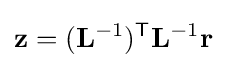
\mathbf {z} =(\mathbf {L} ^{-1})^{\mathsf {T}}\mathbf {L} ^{-1}\mathbf {r}